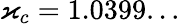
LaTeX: \varkappa_{c}=1.0399...